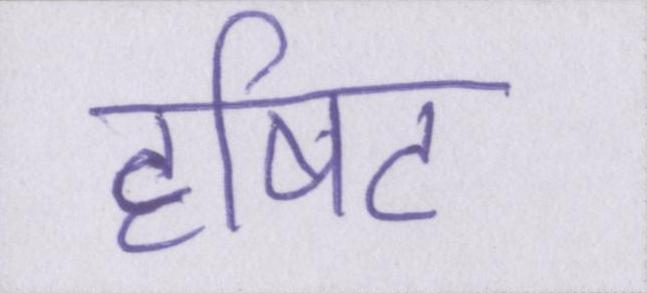
दृषिट